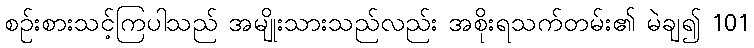
စဉ်းစားသင့်ကြပါသည် အမျိုးသားသည်လည်း အစိုးရသက်တမ်း၏ မဲချ၍ 101